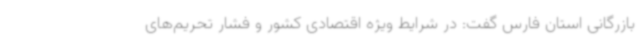
بازرگانی استان فارس گفت: در شرایط ویژه اقتصادی کشور و فشار تحریم‌های